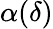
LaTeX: \alpha(\delta)